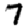
Digit: 7